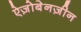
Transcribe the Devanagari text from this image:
ऐज़ोबेनज़ीन